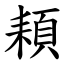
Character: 頛